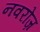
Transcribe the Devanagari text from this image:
नवरोज़